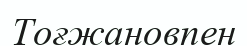
Тоғжановпен